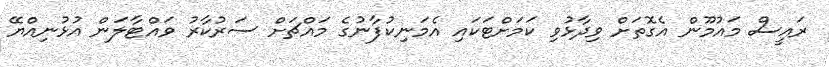
ރައީސް މައުމޫން އެގޮތަށް ވިދާޅުވި ކަމަށްޓަކައި އެމަނިކުފާނުގެ މައްޗަށް ސަރުކާރު ވައްޓާލަން އުޅުނިއްޔޭ